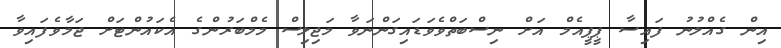
އިން ގެއްލުނު ފައިސާ ޕީޕީއެމް އަށް ނިސްބަތްވެވަޑައިގަންނަވާ މަޖިލިސް މެމްބަރުންގެ އެކައުންޓަށް ޖަމާވެފައިވާ